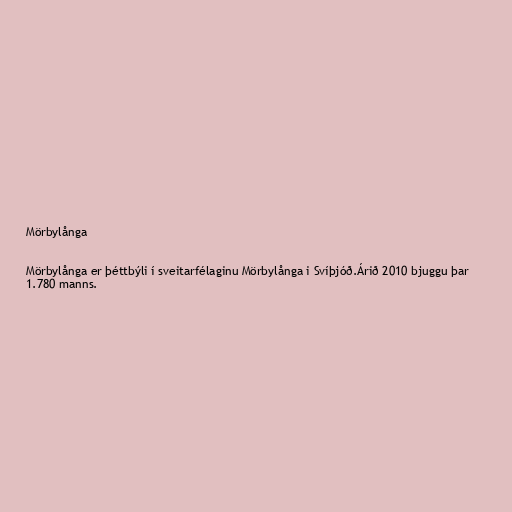
Mörbylånga

Mörbylånga er þéttbýli í sveitarfélaginu Mörbylånga i Svíþjóð.Árið 2010 bjuggu þar
1.780 manns.